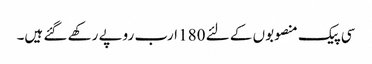
سی پیک منصوبوں کے لئے 180 ارب روپے رکھے گئے ہیں۔